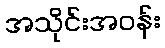
အသိုင်းအဝန်း